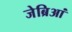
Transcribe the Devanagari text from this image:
जेब्रिआं